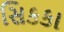
સિકકા